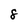
Character: 8